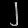
Digit: ၂